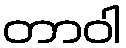
တာဝါ